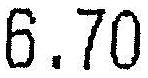
6.70